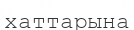
хаттарына